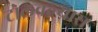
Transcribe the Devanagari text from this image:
टोलवल्यास